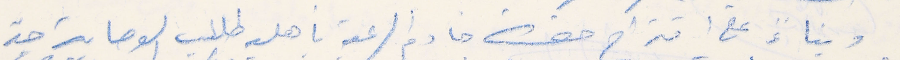
وبناءً على اقتراح حضرة خادم الرعية بأهلية طلب الوصاية جدّ